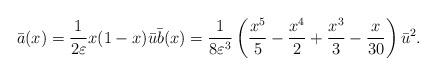
LaTeX: \begin{align*} \bar{a}(x) = \frac{1}{2\varepsilon} x (1-x) \bar{u} \bar{b}(x) = \frac{1}{8\varepsilon^3} \left(\frac{x^5}{5}-\frac{x^4}{2}+\frac{x^3}{3}-\frac{x}{30}\right) \bar{u}^2.\end{align*}